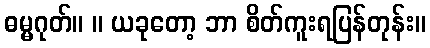
ဓမ္မဂုတ်။ ။ ယခုတော့ ဘာ စိတ်ကူးရပြန်တုန်း။